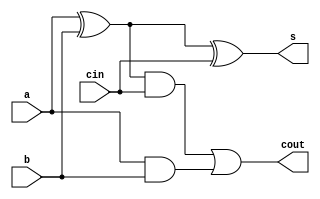

module full_adder(input a,b,cin, output s,cout);
//xor gates for sum calculation '
wire xor1_out,xor2_out;
xor xor1(xor1_out, a,b);
xor xor2(xor2_out, xor1_out,cin);
assign s=xor2_out;
//2 and gates and 1 or gate for carry calculation 
wire and1_out,and2_out;
and and1(and1_out,xor1_out,cin);
and and2(and2_out,a,b);
wire or_out;
or orgate(or_out,and1_out,and2_out);
assign cout=or_out;
endmodule